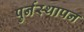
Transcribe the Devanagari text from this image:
पुर्नस्थापन